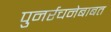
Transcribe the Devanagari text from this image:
पुनर्रचनेबाबत